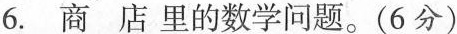
6.商店里的数学问题。(6分)